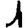
Digit: 1